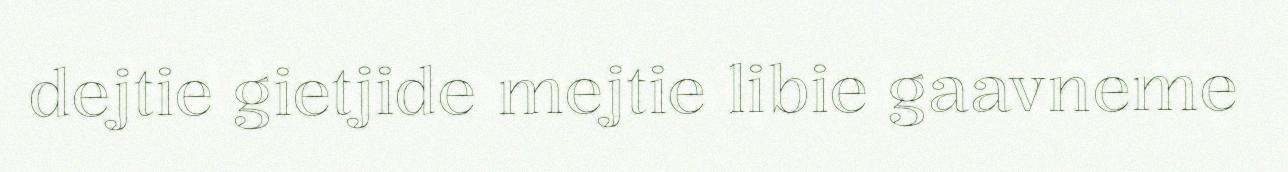
dejtie gietjide mejtie libie gaavneme